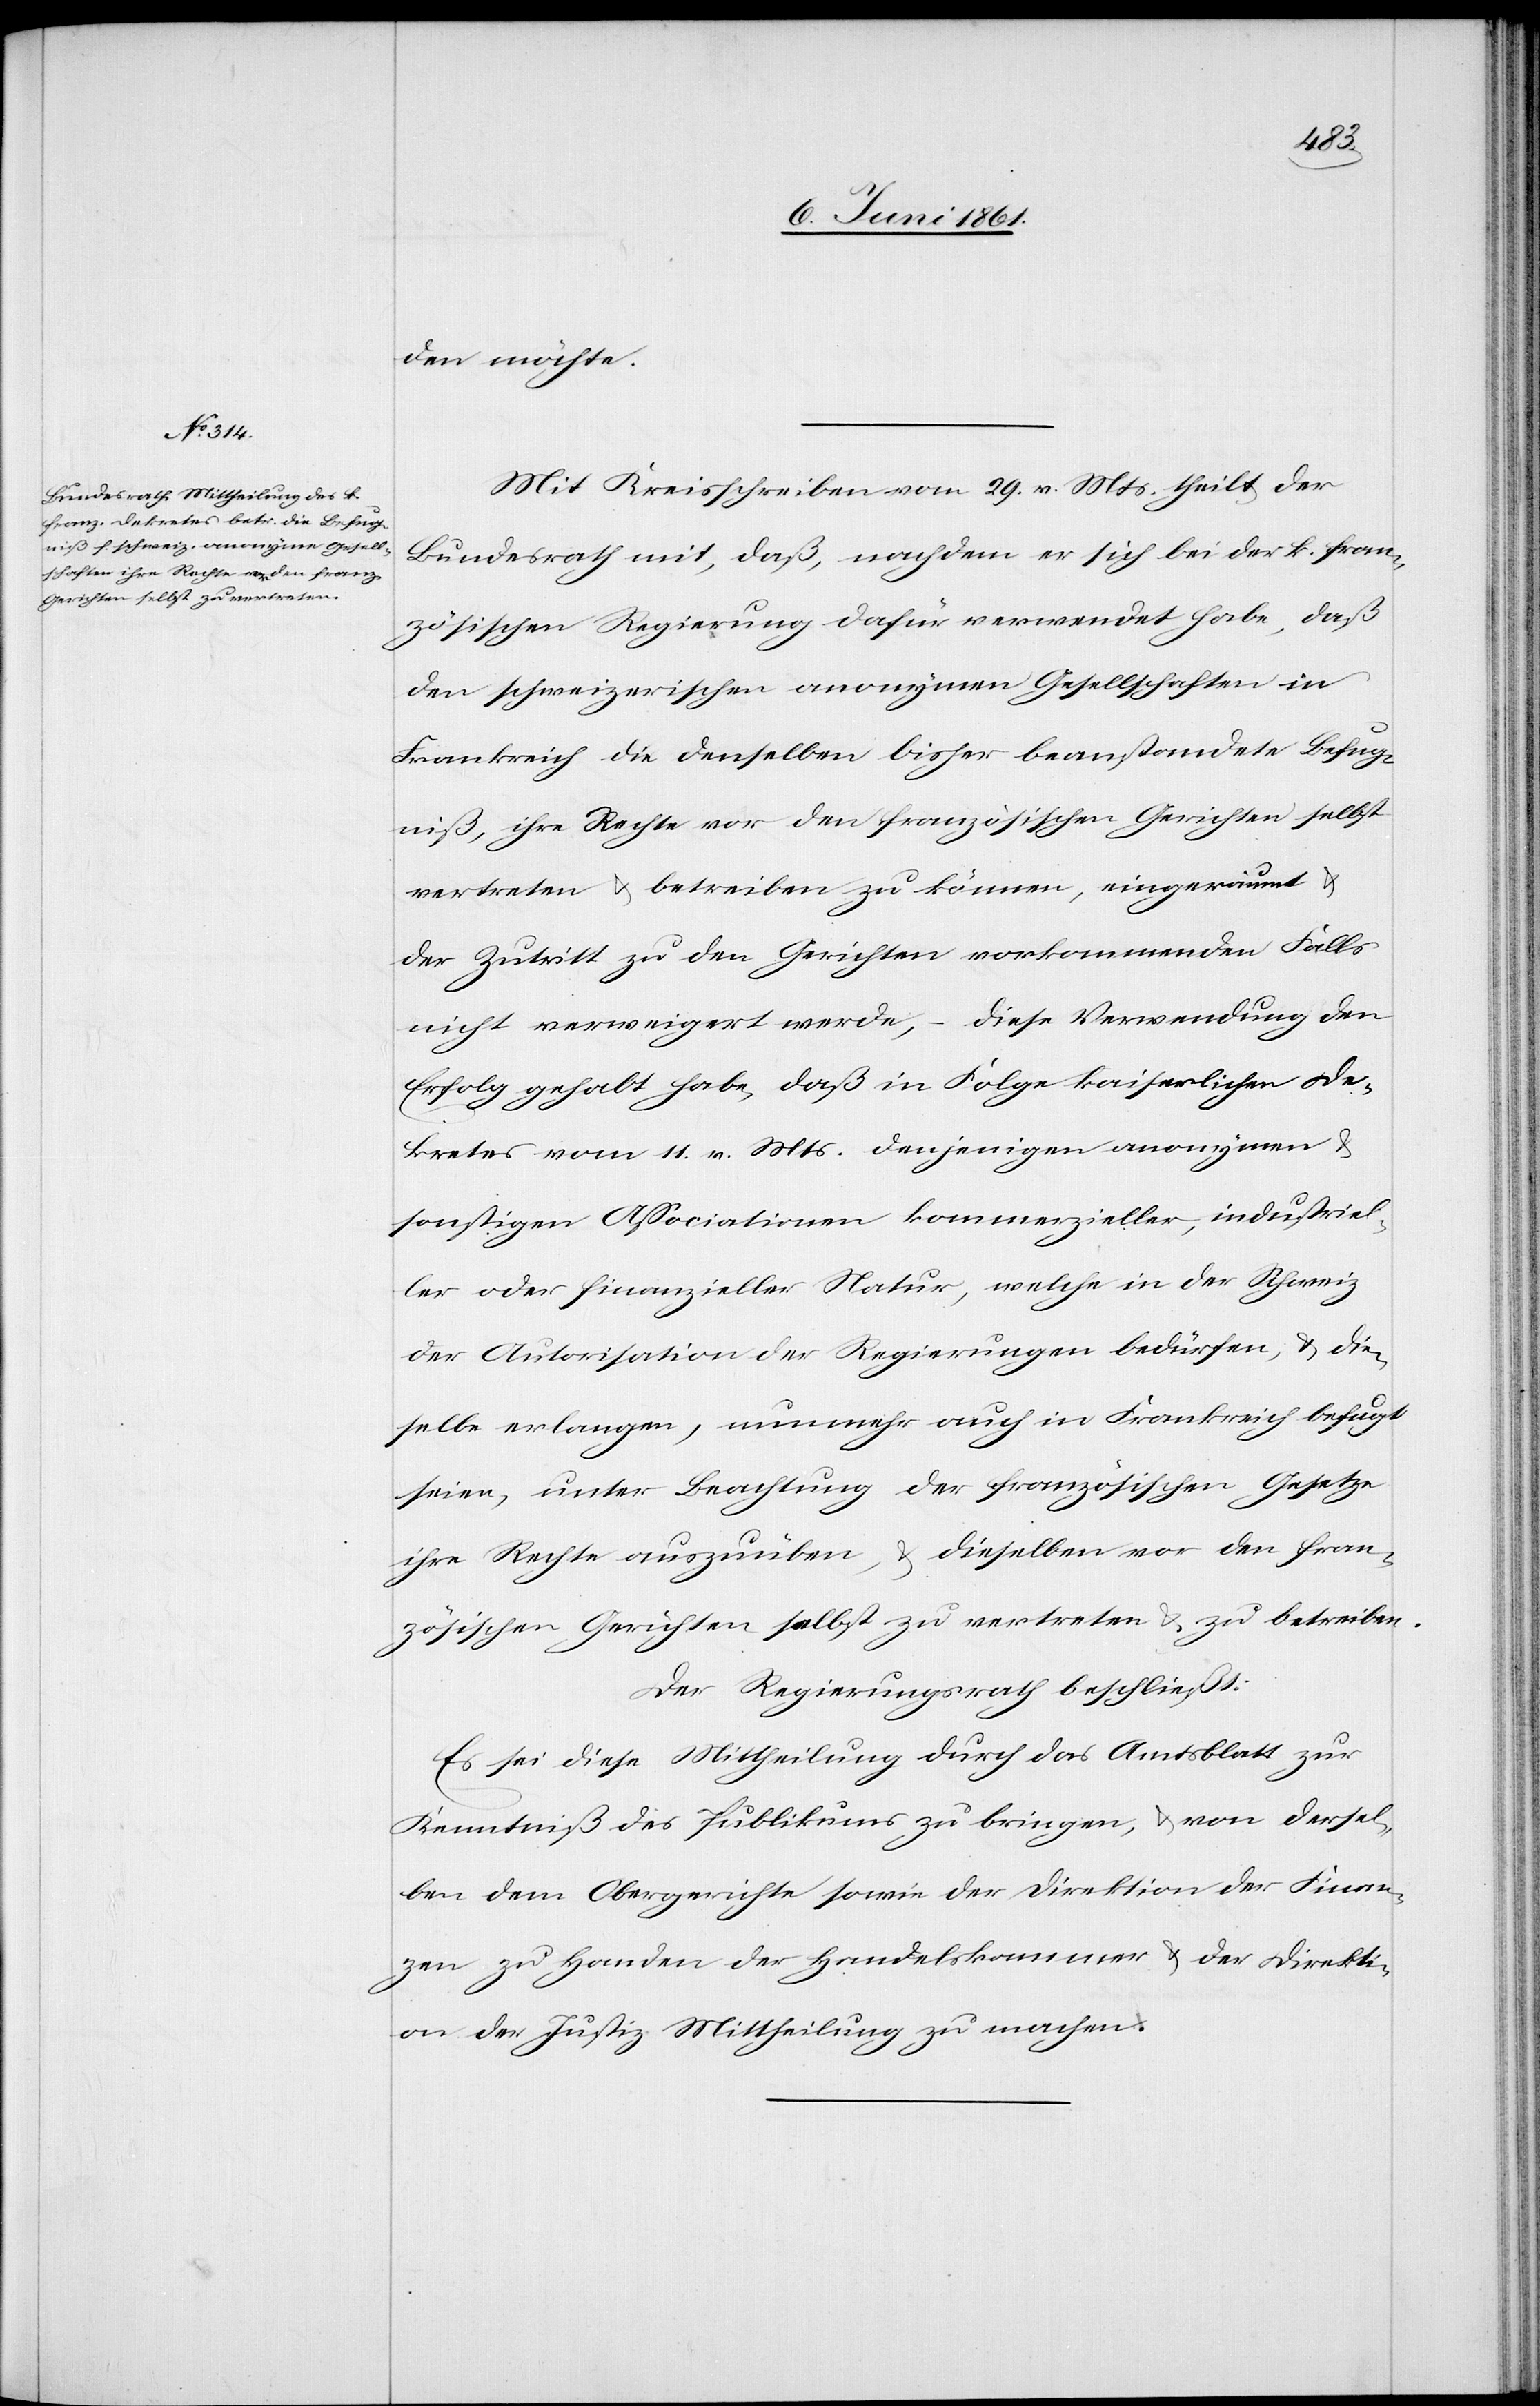
den möchte.
Mit Kreisschreiben vom 29. v. Mts. theilt der
Bundesrath mit, daß, nachdem er sich bei der k. fran¬
zösischen Regierung dafür verwendet habe, daß
den schweizerischen anonymen Gesellschaften in
Frankreich die denselben bisher beanstandete Befug¬
niß, ihre Rechte vor den französischen Gerichten selbst
vertreten u. betreiben zu können, eingeräumt u.
der Zutritt zu den Gerichten vorkommenden Falls
diese Verwendung den
nicht verweigert werde,
Erfolg gehabt habe, daß in Folge kaiserlichen De¬
kretes vom 11. v. Mts. diejenigen anonymen u.
sonstigen Associationen kommerzieller, industriel¬
ler oder finanzieller Natur, welche in der Schweiz
der Autorisation der Regierung bedürfen, u. die¬
selbe erlangen, nunmehr auch in Frankreich befugt
seien, unter Beachtung der französischen Gesetze
ihre Rechte auszuüben, u. dieselben vor den fran¬
zösischen Gerichten selbst zu vertreten u. zu betreiben.
Der Regierungsrath beschließt:
Es sei diese Mittheilung durch das Amtsblatt zur
Kenntniß des Publikums zu bringen, u. von dersel¬
ben dem Obergerichte sowie der Direktion der Finan¬
zen zu Handen der Handelskammer u. der Direkti¬
on der Justiz Mittheilung zu machen.